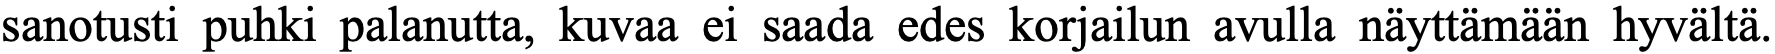
sanotusti puhki palanutta, kuvaa ei saada edes korjailun avulla näyttämään hyvältä.